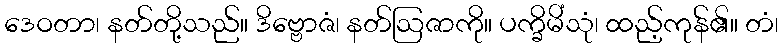
ဒေဝတာ၊ နတ်တို့သည်။ ဒိဗ္ဗောဇံ၊ နတ်ဩဇာကို။ ပက္ခိမိံသုံ၊ ထည့်ကုန်၏။ တံ၊